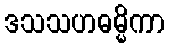
ဒသသဟဓမ္မိကာ